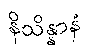
နိသိန္နာနံ